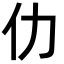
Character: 仂